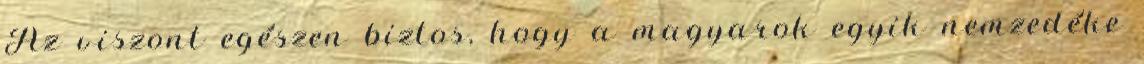
Az viszont egészen biztos, hogy a magyarok egyik nemzedéke